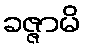
ခဇ္ဇာမိ